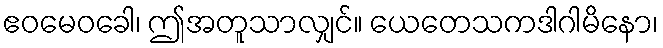
ဧဝမေဝခေါ၊ ဤအတူသာလျှင်။ ယေတေသကဒါဂါမိနော၊